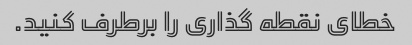
خطای نقطه گذاری را برطرف کنید.